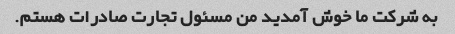
به شرکت ما خوش آمدید من مسئول تجارت صادرات هستم.